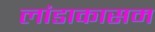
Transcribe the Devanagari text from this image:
लांडाकासम